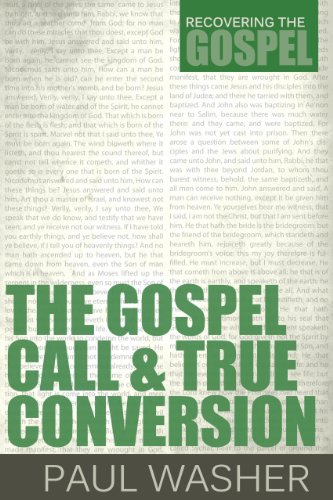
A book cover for The Gospel Call and True Conversion (Recovering the Gospel); Paul Washer; Christian Books & Bibles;